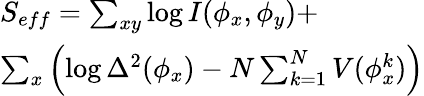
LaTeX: \begin{array}{l}{{S_{eff}=\sum_{xy}\log I(\phi_{x},\phi_{y})+}}\\ {{\sum_{x}\left(\log\Delta^{2}(\phi_{x})-N\sum_{k=1}^{N}V(\phi_{x}^{k})\right)}}\end{array}